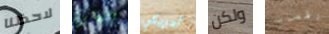
لاحظنا الفائزة أمريكي ولكن رقصات